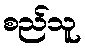
စည်သူ